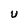
Character: U